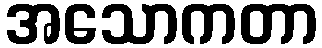
အသောကတာ